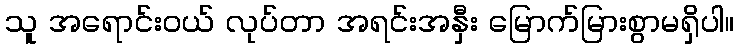
သူ အရောင်းဝယ် လုပ်တာ အရင်းအနှီး မြောက်မြားစွာမရှိပါ။